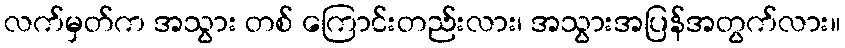
လက်မှတ်က အသွား တစ် ကြောင်းတည်းလား၊ အသွားအပြန်အတွက်လား။